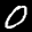
Label: 0